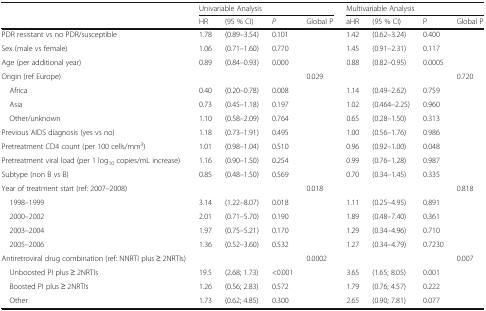
<table><thead><tr><td></td><td colspan="4"><b>Univariable Analysis</b></td><td colspan="4"><b>Multivariable Analysis</b></td></tr><tr><td></td><td><b>HR</b></td><td><b>(95 % CI)</b></td><td><b><i>P</i></b></td><td><b>Global P</b></td><td><b>aHR</b></td><td><b>(95 % CI)</b></td><td><b>P</b></td><td><b>Global P</b></td></tr></thead><tbody><tr><td>PDR resistant vs no PDR/susceptible</td><td>1.78</td><td>(0.89–3.54)</td><td>0.101</td><td></td><td>1.42</td><td>(0.62–3.24)</td><td>0.400</td><td></td></tr><tr><td>Sex (male vs female)</td><td>1.06</td><td>(0.71–1.60)</td><td>0.770</td><td></td><td>1.45</td><td>(0.91–2.31)</td><td>0.117</td><td></td></tr><tr><td>Age (per additional year)</td><td>0.89</td><td>(0.84–0.93)</td><td>0.000</td><td></td><td>0.88</td><td>(0.82–0.95)</td><td>0.0005</td><td></td></tr><tr><td>Origin (ref Europe)</td><td></td><td></td><td></td><td>0.029</td><td></td><td></td><td></td><td>0.720</td></tr><tr><td> Africa</td><td>0.40</td><td>(0.20–0.78)</td><td>0.008</td><td></td><td>1.14</td><td>(0.49–2.62)</td><td>0.759</td><td></td></tr><tr><td> Asia</td><td>0.73</td><td>(0.45–1.18)</td><td>0.197</td><td></td><td>1.02</td><td>(0.464–2.25)</td><td>0.960</td><td></td></tr><tr><td> Other/unknown</td><td>1.10</td><td>(0.58–2.09)</td><td>0.764</td><td></td><td>0.65</td><td>(0.28–1.50)</td><td>0.313</td><td></td></tr><tr><td>Previous AIDS diagnosis (yes vs no)</td><td>1.18</td><td>(0.73–1.91)</td><td>0.495</td><td></td><td>1.00</td><td>(0.56–1.76)</td><td>0.986</td><td></td></tr><tr><td>Pretreatment CD4 count (per 100 cells/mm<sup>3</sup>)</td><td>1.01</td><td>(0.98–1.04)</td><td>0.510</td><td></td><td>0.96</td><td>(0.92–1.00)</td><td>0.048</td><td></td></tr><tr><td>Pretreatment viral load (per 1 log<sub>10</sub> copies/mL increase)</td><td>1.16</td><td>(0.90–1.50)</td><td>0.254</td><td></td><td>0.99</td><td>(0.76–1.28)</td><td>0.987</td><td></td></tr><tr><td>Subtype (non B vs B)</td><td>0.85</td><td>(0.48–1.50)</td><td>0.569</td><td></td><td>0.70</td><td>(0.34–1.45)</td><td>0.335</td><td></td></tr><tr><td>Year of treatment start (ref: 2007–2008)</td><td></td><td></td><td></td><td>0.018</td><td></td><td></td><td></td><td>0.818</td></tr><tr><td> 1998–1999</td><td>3.14</td><td>(1.22–8.07)</td><td>0.018</td><td></td><td>1.11</td><td>(0.25–4.95)</td><td>0.891</td><td></td></tr><tr><td> 2000–2002</td><td>2.01</td><td>(0.71–5.70)</td><td>0.190</td><td></td><td>1.89</td><td>(0.48–7.40)</td><td>0.361</td><td></td></tr><tr><td> 2003–2004</td><td>1.97</td><td>(0.75–5.21)</td><td>0.170</td><td></td><td>1.29</td><td>(0.34–4.96)</td><td>0.710</td><td></td></tr><tr><td> 2005–2006</td><td>1.36</td><td>(0.52–3.60)</td><td>0.532</td><td></td><td>1.27</td><td>(0.34–4.79)</td><td>0.7230</td><td></td></tr><tr><td>Antiretroviral drug combination (ref: NNRTI plus ≥ 2NRTIs)</td><td></td><td></td><td></td><td>0.0002</td><td></td><td></td><td></td><td>0.007</td></tr><tr><td> Unboosted PI plus ≥ 2NRTIs</td><td>19.5</td><td>(2.68; 1.73)</td><td>&lt;0.001</td><td></td><td>3.65</td><td>(1.65; 8.05)</td><td>0.001</td><td></td></tr><tr><td> Boosted PI plus ≥ 2NRTIs</td><td>1.26</td><td>(0.56; 2.83)</td><td>0.572</td><td></td><td>1.79</td><td>(0.76; 4.57)</td><td>0.222</td><td></td></tr><tr><td> Other</td><td>1.73</td><td>(0.62; 4.85)</td><td>0.300</td><td></td><td>2.65</td><td>(0.90; 7.81)</td><td>0.077</td><td></td></tr></tbody></table>